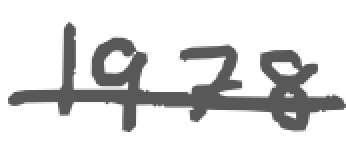
Text: 1978
Cross-out: single-line
Writing tool: digital_gray